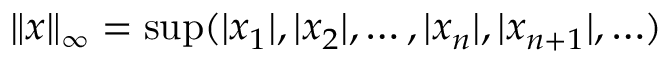
\left\| x \right\| _ { \infty } = \operatorname* { s u p } ( | x _ { 1 } | , | x _ { 2 } | , \dotsc , | x _ { n } | , | x _ { n + 1 } | , \ldots )